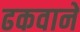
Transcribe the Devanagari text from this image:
ढकवाने